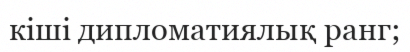
кіші дипломатиялық ранг;